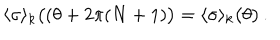
\langle \sigma \rangle _ { k } \bigl ( ( \theta + 2 \pi ( N + 1 ) \bigr ) = \langle \sigma \rangle _ { k } \bigl ( \theta \bigr ) \, .